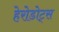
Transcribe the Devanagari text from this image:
हेरोडोट्स